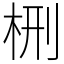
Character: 㭢